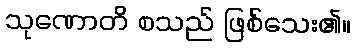
သုဏောတိ စသည် ဖြစ်သေး၏။